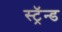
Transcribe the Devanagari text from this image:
स्ट्रॅन्ड